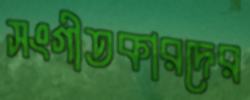
সংগীতকারদের